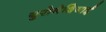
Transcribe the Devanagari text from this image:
युरोनेशियाई